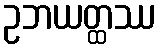
ဥဘယတ္ထဿ